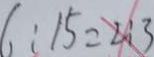
6 : 1 5 = 2 : 3